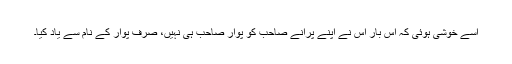
اسے خوشی ہوئی کہ اس بار اس نے اپنے پرانے صاحب کو پوار صاحب ہی نہیں، صرف پوار کے نام سے یاد کیا۔